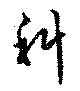
科